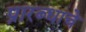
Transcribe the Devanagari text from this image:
प्रारब्धाचे